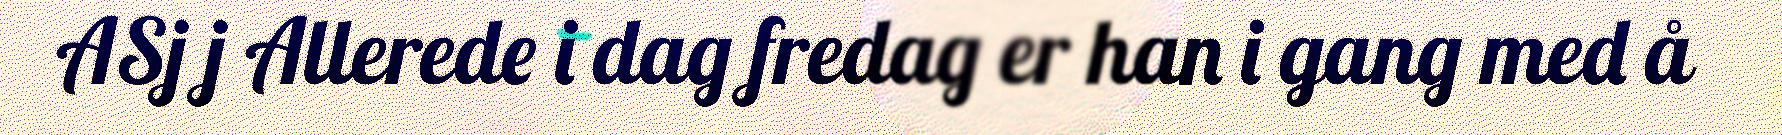
ASj j Allerede i dag fredag er han i gang med å